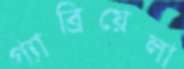
গ্যাব্রিয়েলা